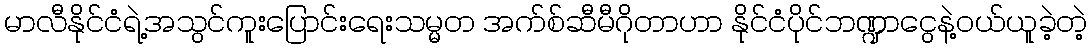
မာလီနိုင်ငံရဲ့အသွင်ကူးပြောင်းရေးသမ္မတ အက်စ်ဆီမီဂိုတာဟာ နိုင်ငံပိုင်ဘဏ္ဍာငွေနဲ့ဝယ်ယူခဲ့တဲ့